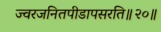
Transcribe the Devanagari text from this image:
ज्वरजनितपीडापसरति॥२०॥